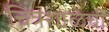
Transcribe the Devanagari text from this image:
चित्रशाळेची